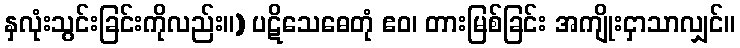
နှလုံးသွင်းခြင်းကိုလည်း။) ပဋိသေဓေတုံ ဧဝ၊ တားမြစ်ခြင်း အကျိုးငှာသာလျှင်။